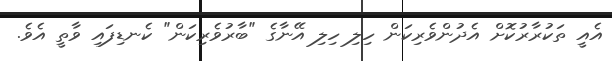
އެއީ ތަކުރާރުކޮށް އެދުންވެރިކަން ހިލި ހިލި އޭނާގެ "ބާރުވެރިކަން" ކެނޑިފައި ވާތީ އެވެ.